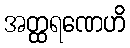
အတ္ထရဏေဟိ